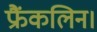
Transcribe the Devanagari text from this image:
फ्रैंकलिन।